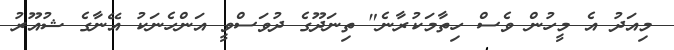
މިއަދު އެ މީހުން ވެސް ހިތާމަކުރާނެ" ތިނަދޫގެ ދުވަސްވީ އަންހެނަކު އޭނާގެ ޝުއޫރު